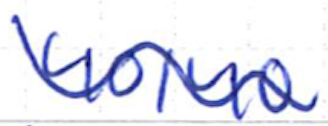
Text: 40/40
Cross-out: wave
Writing tool: ballpoint